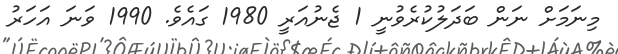
މިނަމަށް ނަން ބަދަލުކުރެވުނީ 1 ޖެނުއަރީ 1980 ގައެވެ. 1990 ވަނަ އަހަރު